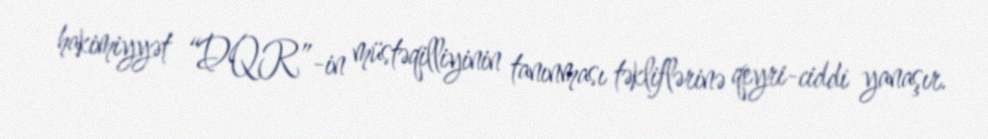
hakimiyyət “DQR”-in müstəqilliyinin tanınması təkliflərinə qeyri-ciddi yanaşır.